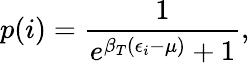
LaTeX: p(i)=\frac{1}{e^{\beta_{T}(\epsilon_{i}-\mu)}+1},